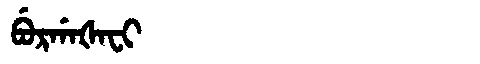
Manchu: ᠪᡠᡵᡤᠠᡧᠠᠸᡳ
Romanization: BURGAŠAFI